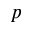
p